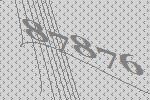
87876